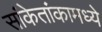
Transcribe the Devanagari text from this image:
सांकेतांकामध्ये